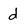
Character: d